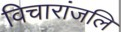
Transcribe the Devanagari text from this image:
विचारांजलि